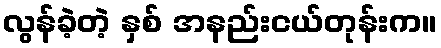
လွန်ခဲ့တဲ့ နှစ် အနည်းငယ်တုန်းက။